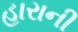
હારાની